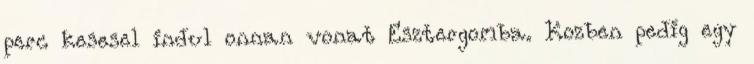
perc kesesel indul onnan vonat Esztergomba. Kozben pedig egy